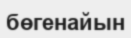
бөгенайын